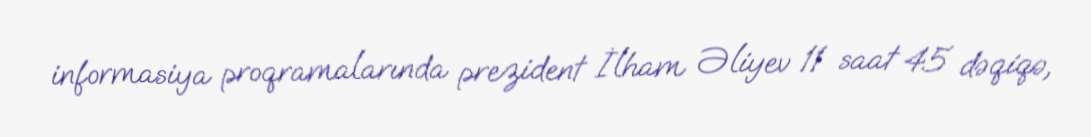
informasiya proqramalarında prezident İlham Əliyev 11 saat 45 dəqiqə,